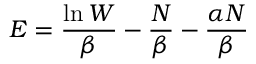
E = { \frac { \ln W } { \beta } } - { \frac { N } { \beta } } - { \frac { \alpha N } { \beta } }